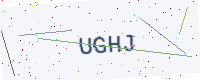
Text: UGHJ